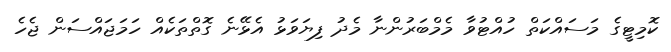
ކޮމިޓީގެ މަސައްކަތް ހުއްޓުވާ މެމްބަރުންނާ މެދު ފިޔަވަޅު އެޅޭނެ ގޮތްތަކެއް ހަމަޖައްސަން ޖެހެ